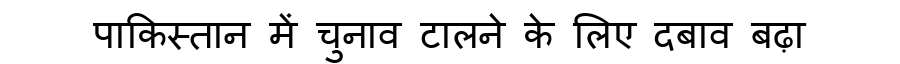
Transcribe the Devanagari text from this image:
पाकिस्तान में चुनाव टालने के लिए दबाव बढ़ा